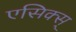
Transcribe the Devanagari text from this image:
एसिक्स्